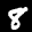
Label: 8